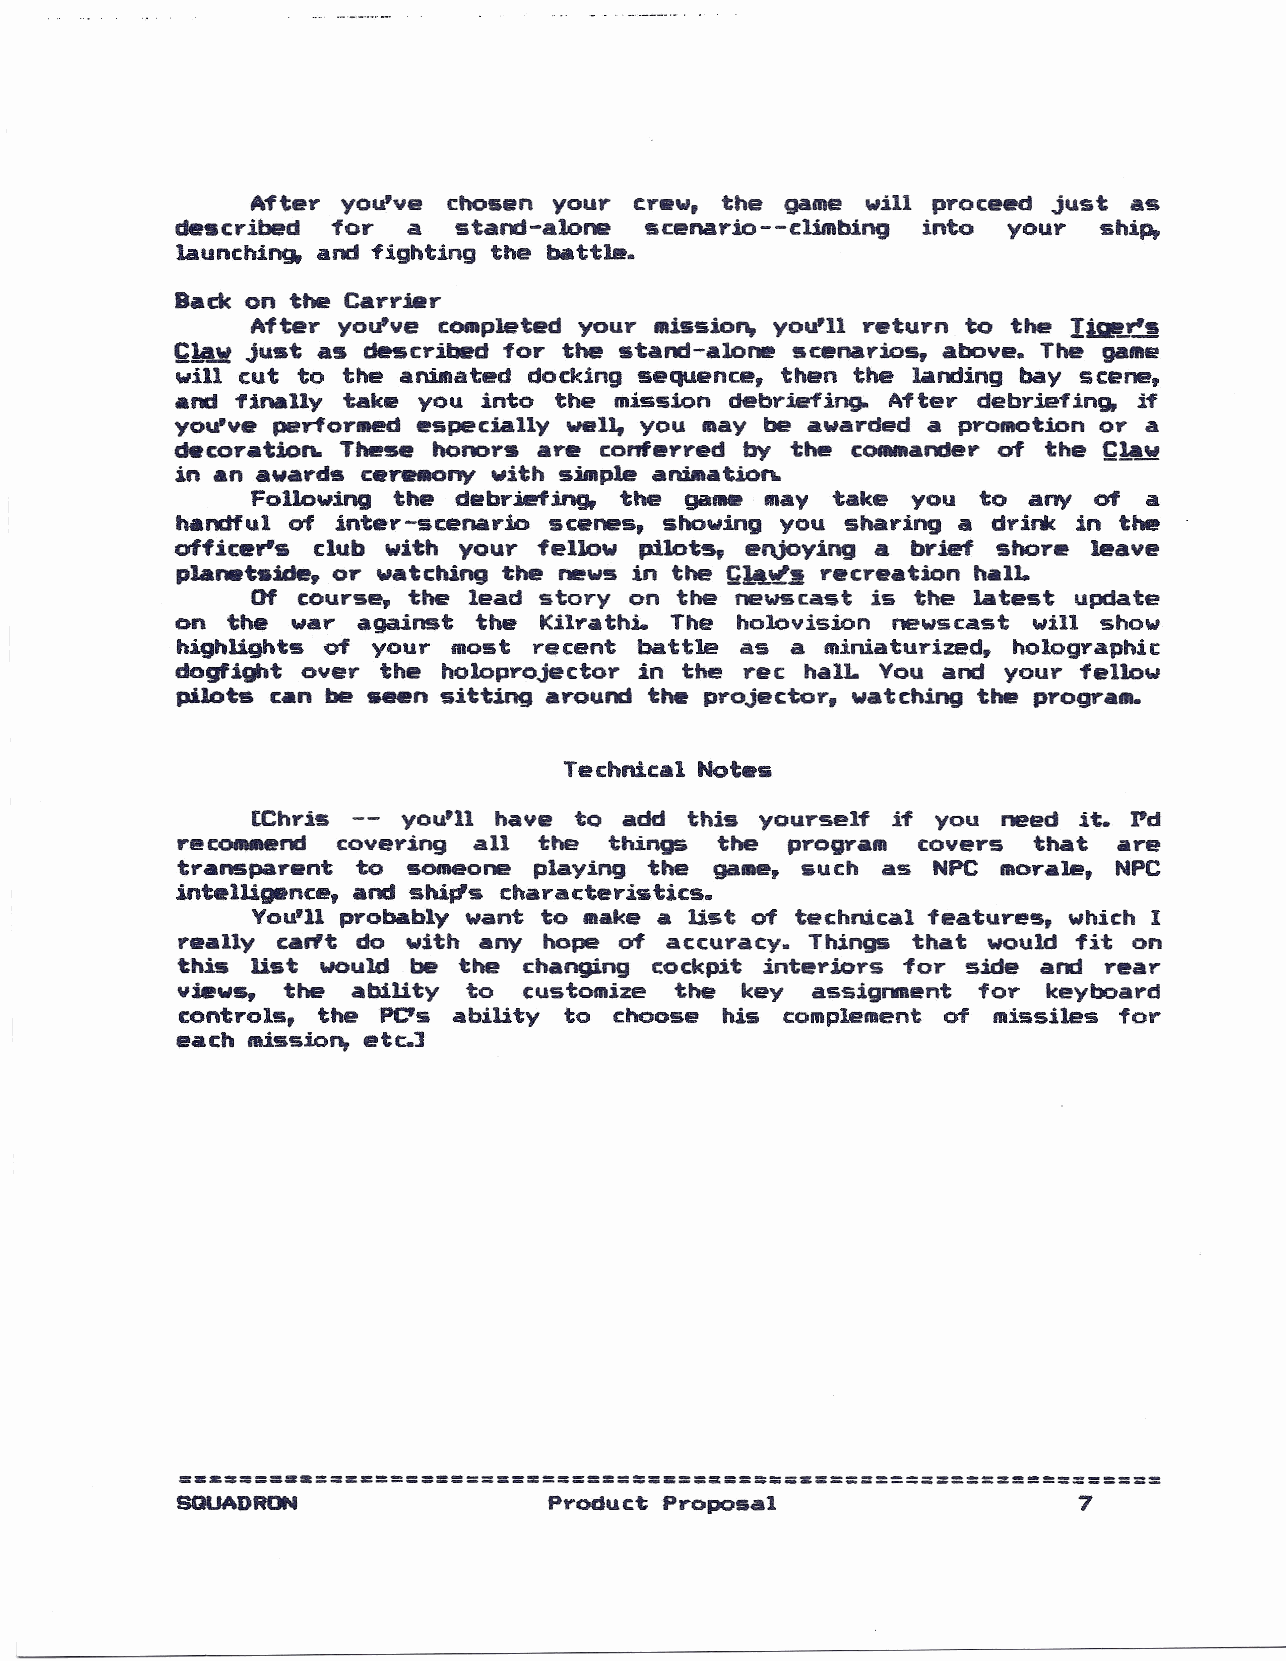
After yoU've chosen your crew, the game will proceed just as
 described for  a  stand-alorw  scenario--climbing into your  ship,
 launching, and fighting the battl1!!.
 Backon the Carrier
 After you've cOtRpletedyour missiof'\ yoU'll return to the IisIt~s
 Clawjust as described for the stand-alorw scenarios, aboye. The game
 will cut to the animated docking sequence, then the lAandingbay scene,
 and finally take you into the mission debriefing. After debriefing, if
 you've perfor•• d especially well, you Iftaybe awarded a promotion or a
 dttcoratio~ These honors are conferred by the COMMandoerf the ~~w
 in an awards cer.-ony with __ pie aniaation.
 Following the debriefing, the ga_ lIlay take you to any of a
 handful of inter-scenario scenes, showinOyou sharing a drink in the
 officer'. club with your fellow pilots, enjoying a brief shore leaye
 planet.ide, or watching the news in the Ga~l!recreation hAll.
 Of course, the lead story on the newscast is the latest update
 on the war  against the Kilrathi. The holovision newscast will show
 highlights of your fRost recent battle as a fRiniaturized, holographic
 dogfight over the holoprojector in the ree halL You and your fellow
 pilots can be seen sitting around the projector, watching the program.
 Technical Note.
 [Chris -- you'll haye to add this yourself if you need it. I'd
 recCNIMM!cnodvering all the things the  program  coyers that  are
 trAnsparent to sOfIIeoneplaying the game, such as NPCmorAle,  NPC
 intelliglfnce, and shiJis characteristics.
 You'll probably want to makea list of technical features, whichI
 really carlt do with any hope of accuracy. Things that would fit on
 this Ust would be the  changing cockpit interiors for side and rear
 views, the abiUty  to  customize the key  assignment for key~ard
 controls, the PC's ability to choose his complementof missiles for
 each missiof'\ etc.]
 =.&==== ••=:z====================~=======_z==============~=======:
 SQUADRON                Pyoduct Proposal                   7